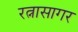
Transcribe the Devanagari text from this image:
रत्नासागर